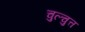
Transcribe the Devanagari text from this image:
चुल्चुत्त